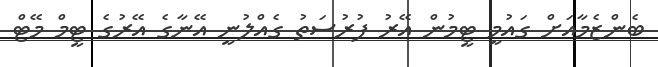
ބެންޒެމާއަށް ގައުމީ ޓީމުން އޭރު ފުރުސަތު ގެއްލުނީ އޭނާގެ އޭރުގެ ޓީމް މޭޓް